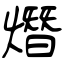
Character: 熸